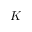
K